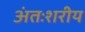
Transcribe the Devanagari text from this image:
अंतःशरीय